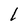
Character: l